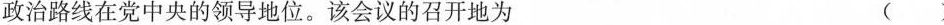
政治路线在党中央的领导地位。该会议的召开地为 ( )